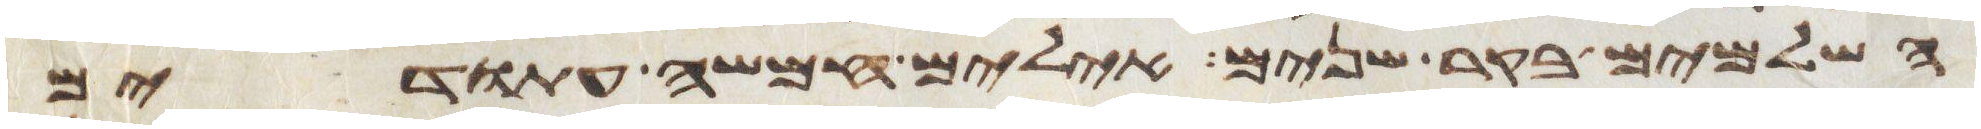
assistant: השלמים בקר שנים אילים חמשה עתודים